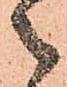
々